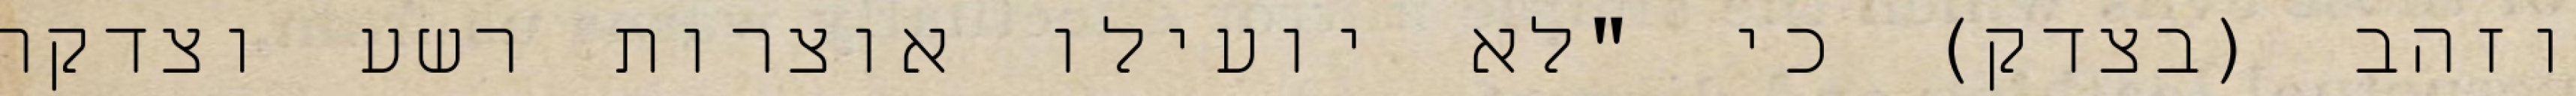
וזהב (בצדק) כי "לא יועילו אוצרות רשע וצדקה